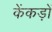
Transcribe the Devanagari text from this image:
केंकड़ों